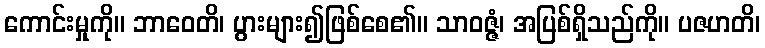
ကောင်းမှုကို။ ဘာဝေတိ၊ ပွားများ၍ဖြစ်စေ၏။ သာဝဇ္ဇံ၊ အပြစ်ရှိသည်ကို။ ပဇဟတိ၊